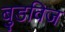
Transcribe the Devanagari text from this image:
बुडविज